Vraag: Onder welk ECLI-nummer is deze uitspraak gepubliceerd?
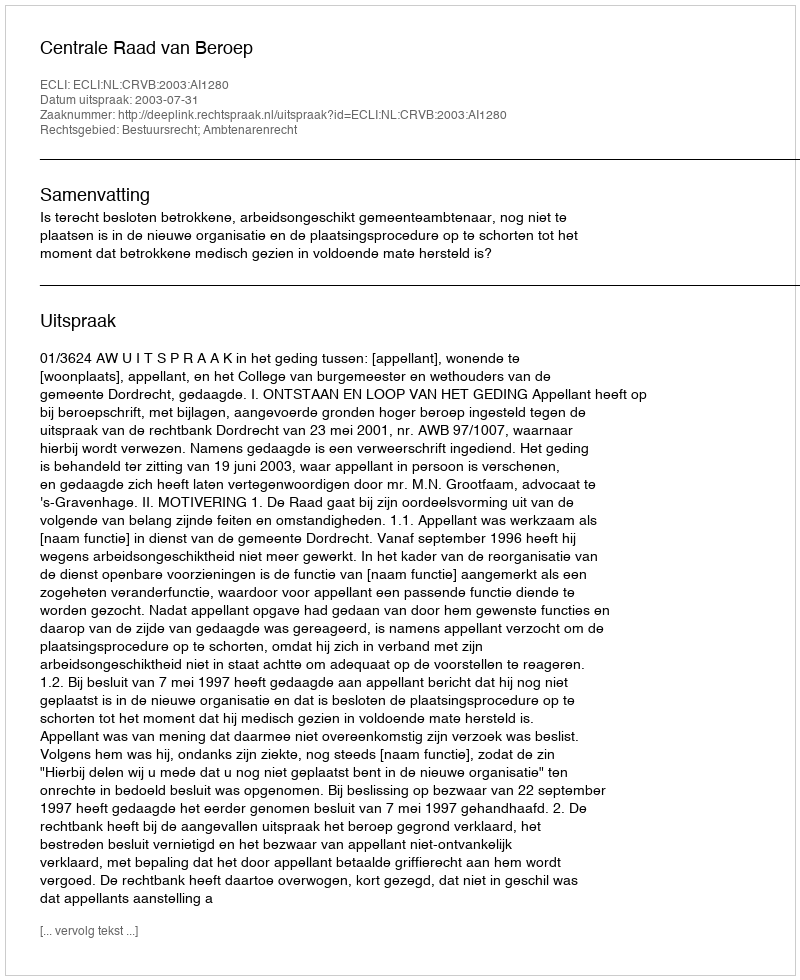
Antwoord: ECLI:NL:CRVB:2003:AI1280